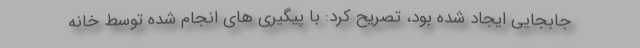
جابجایی ایجاد شده بود، تصریح کرد: با پیگیری های انجام شده توسط خانه